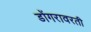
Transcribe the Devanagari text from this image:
डोंगरावरती